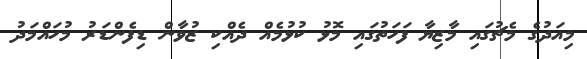
މިއަދުގެ މެޗުގައި މާޒިޔާ ފަހަތުގައި މޮޅު ކުޅުމެއް ދެއްކި ޒުވާން ޑިފެންޑަރު މުހައްމަދު